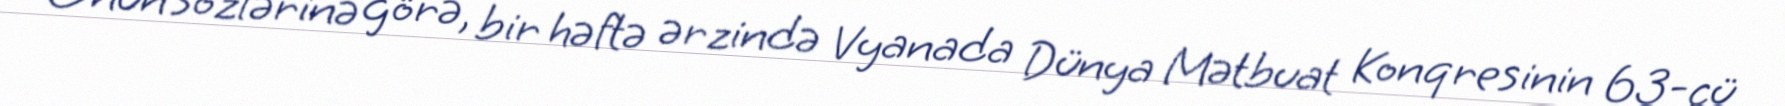
Onun sözlərinə görə, bir həftə ərzində Vyanada Dünya Mətbuat Konqresinin 63-cü